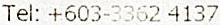
TEL: +603-3362 4137